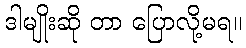
ဒါမျိုးဆို တာ ပြောလို့မရ။